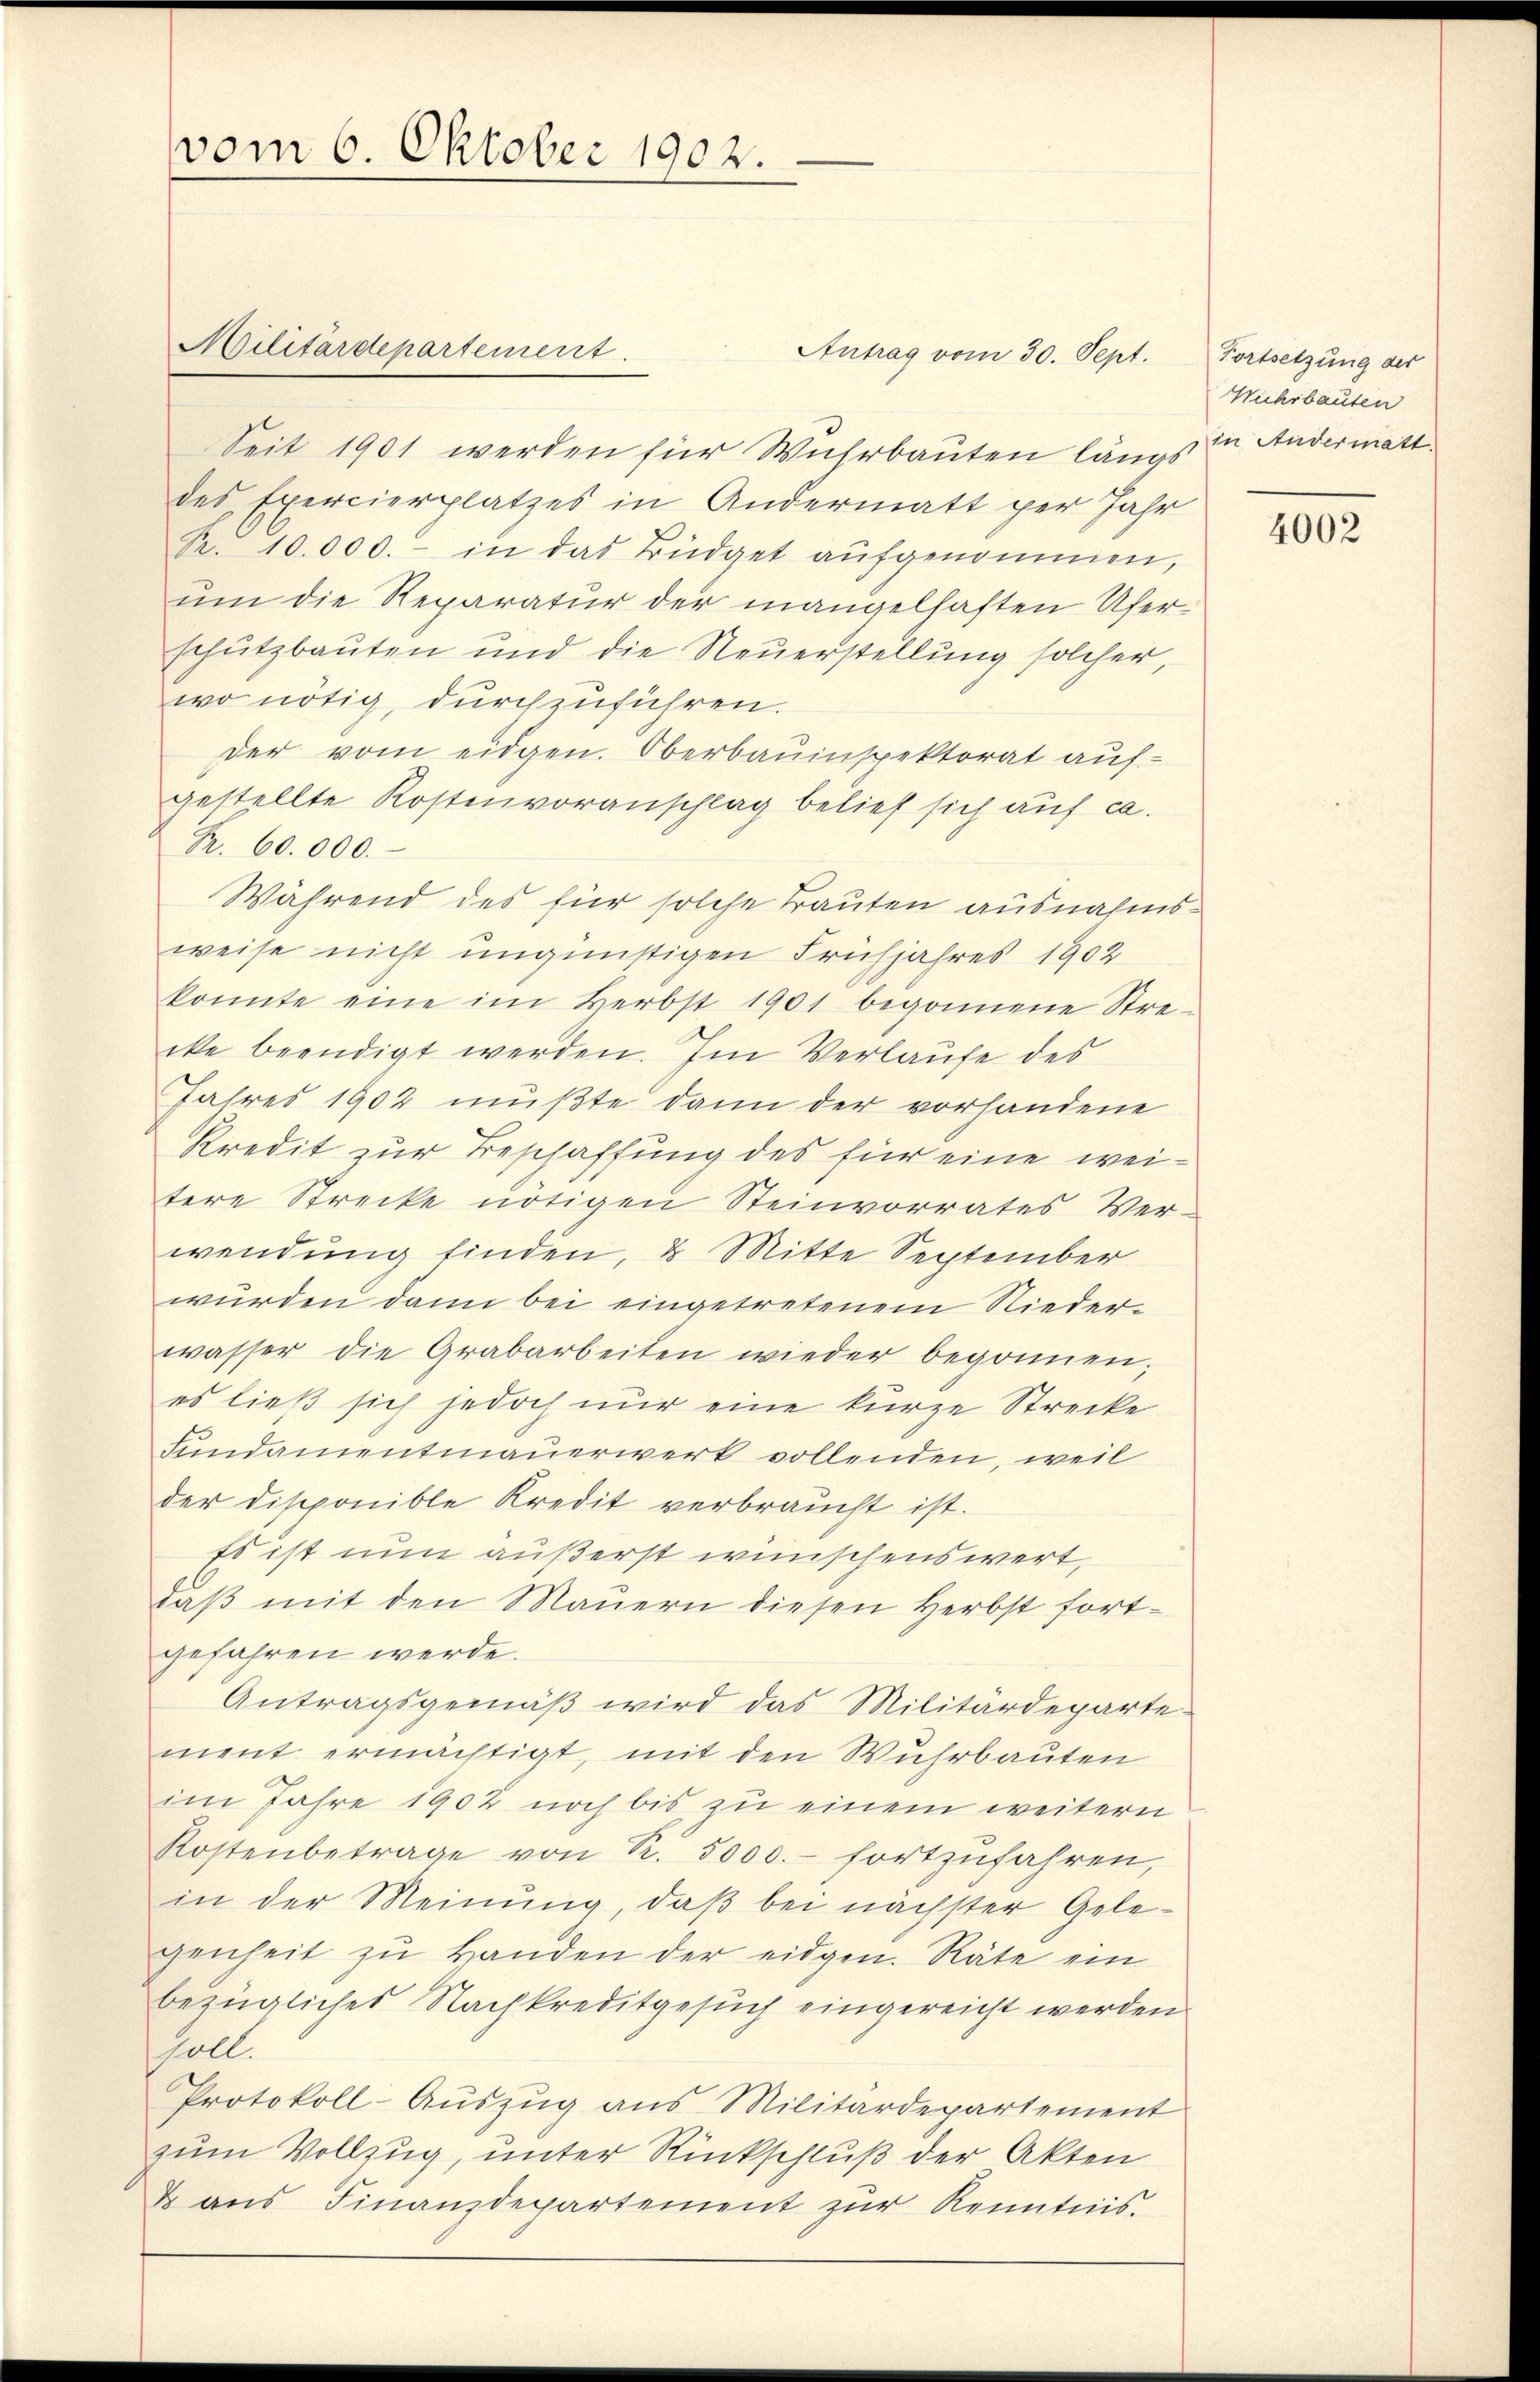
vom 6. Oktober 1902.

Militärdepartement.

Seit 1901 werden für Wuhrbauten längs in Andermatt.
des Exercierplatzes in Andermatt per Jahr
R. 10.000.- in das Büdget aufgenommen,
um die Reparatur der mangelhaften Uferschutzbauten und die Neuerstellung solcher,
wo nötig, durchzuführen.
Der vom eidgen. Oberbauinspektorat auf-
gestellte Kostenvoranschlag belief sich auf ca.
Br. 60. 000.
Während des für solche Trauten ausnahmsweise nicht ungünstigen Frühjahres 1902
konnte eine im Herbst 1901 begonnene Stre-
cke beendigt werden. Im Verlaufe des
Jahres 1902 mußte dann der vorhandene
Kredit zur Beschaffung des für eine weitere Strecke nötigen Steinvorrates Verwendung finden, & Mitte September
würden dann bei eingetretenem Nieder-
wasser die Grabarbeiten wieder begonnen,
es ließ sich jedoch nur eine kurze Strecke
Fundamentmauerwerk vollenden, weil
der disponible Kredit verbraŭcht ist.
Es ist nun außerst wünschenswert,
daβ mit den Maŭern diesen Herbst fort-
gefahren werde.
Antragsgemäβ wird das Militärdeparte
ment ermächtigt, mit den Wuhrbauten
im Jahre 1902 noch bis zu einem weitern
Kostenbetrage von R. 5000.- fortzufahren,
in der Meinung, daß bei nächster Gelegenheit zŭ Handen der eidgen. Räte ein
bezügliches Nachkreditgesuch eingereicht werden
soll.
Protokoll-Auszug aus Militärdepartement
zum Vollzug, unter Rückschluß der Akten
& aŭs Finanzdepartement zŭr Kenntnis.

Antrag vom 30. Sept.

Fortsetzung der
Wiehrbauten

4002